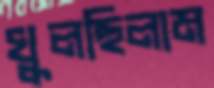
খুলছিলাম